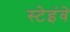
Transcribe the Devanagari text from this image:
स्टेइंवे